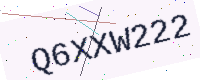
Text: Q6XXW222